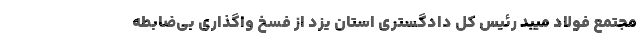
مجتمع فولاد میبد رئیس کل دادگستری استان یزد از فسخ واگذاری بی‌ضابطه